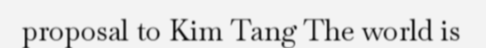
proposal to Kim Tang The world is